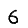
Digit: 6